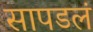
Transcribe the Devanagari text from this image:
सापडलं